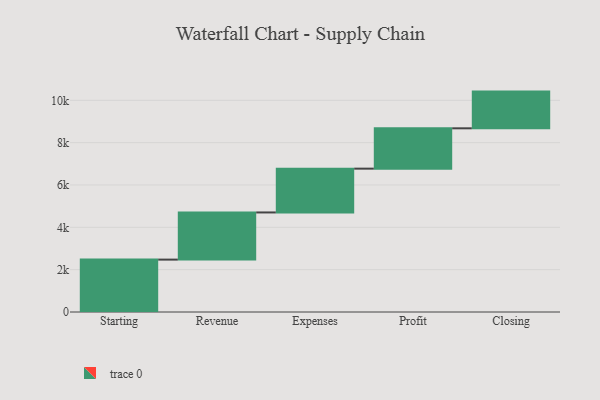
{"axis": {"x": "Step", "y": "Value"}, "legend": [""], "data": [{"x": "Starting", "y": 2475.0, "type": ""}, {"x": "Revenue", "y": 2228.0, "type": ""}, {"x": "Expenses", "y": 2069.0, "type": ""}, {"x": "Profit", "y": 1906.0, "type": ""}, {"x": "Closing", "y": 1734.0, "type": ""}]}